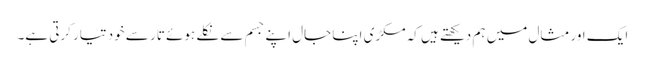
ایک اور مثال میں ہم دیکھتے ہیں کہ مکڑی اپنا جال اپنے جسم سے نکلے ہوئے تار سے خود تیار کرتی ہے۔